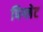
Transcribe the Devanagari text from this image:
पिग्लेट